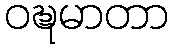
ဝဍ္ဎမာတာ